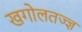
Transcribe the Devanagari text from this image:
खगोलतज्ज्ञ